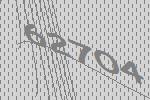
62704